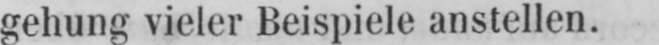
gehung vieler Beispiele anstellen.